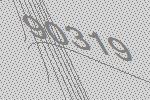
90319